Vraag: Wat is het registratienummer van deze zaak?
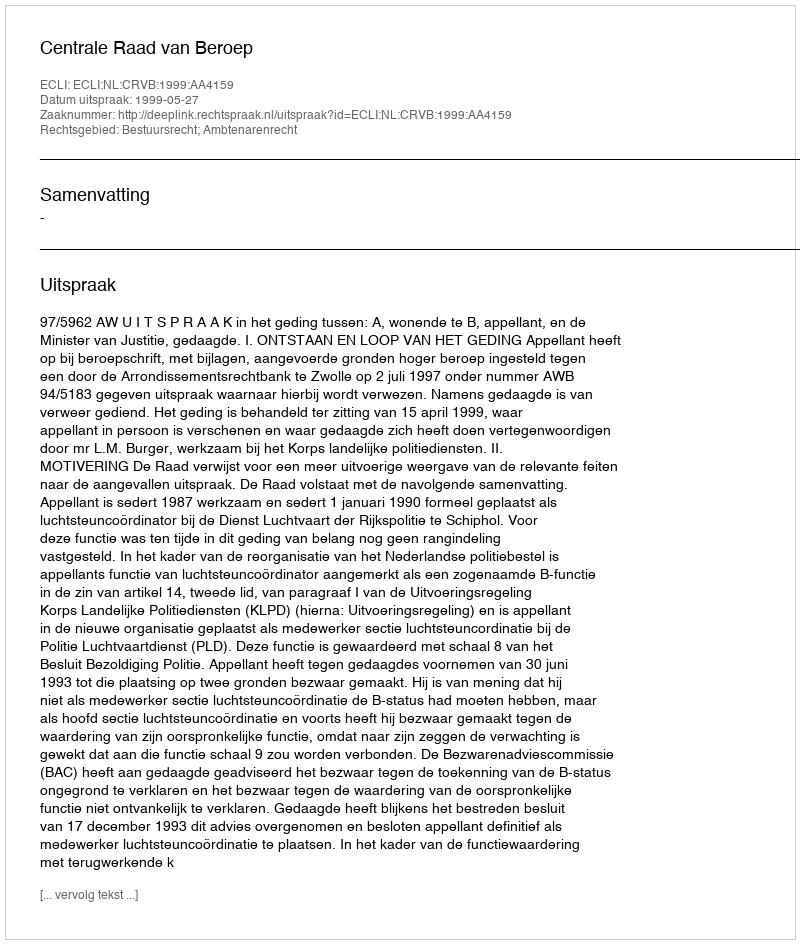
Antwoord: http://deeplink.rechtspraak.nl/uitspraak?id=ECLI:NL:CRVB:1999:AA4159